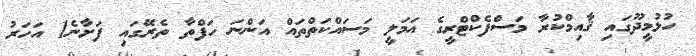
ހުޅުމީދޫގައި ޤާއިމްކުރާ މަސްފެކްޓްރީގެ އަމަލީ މަސައްކަތްތައް އަންނަ ހަފްތާ ތެރޭގައި ފަށާނެ1 އަހަރު